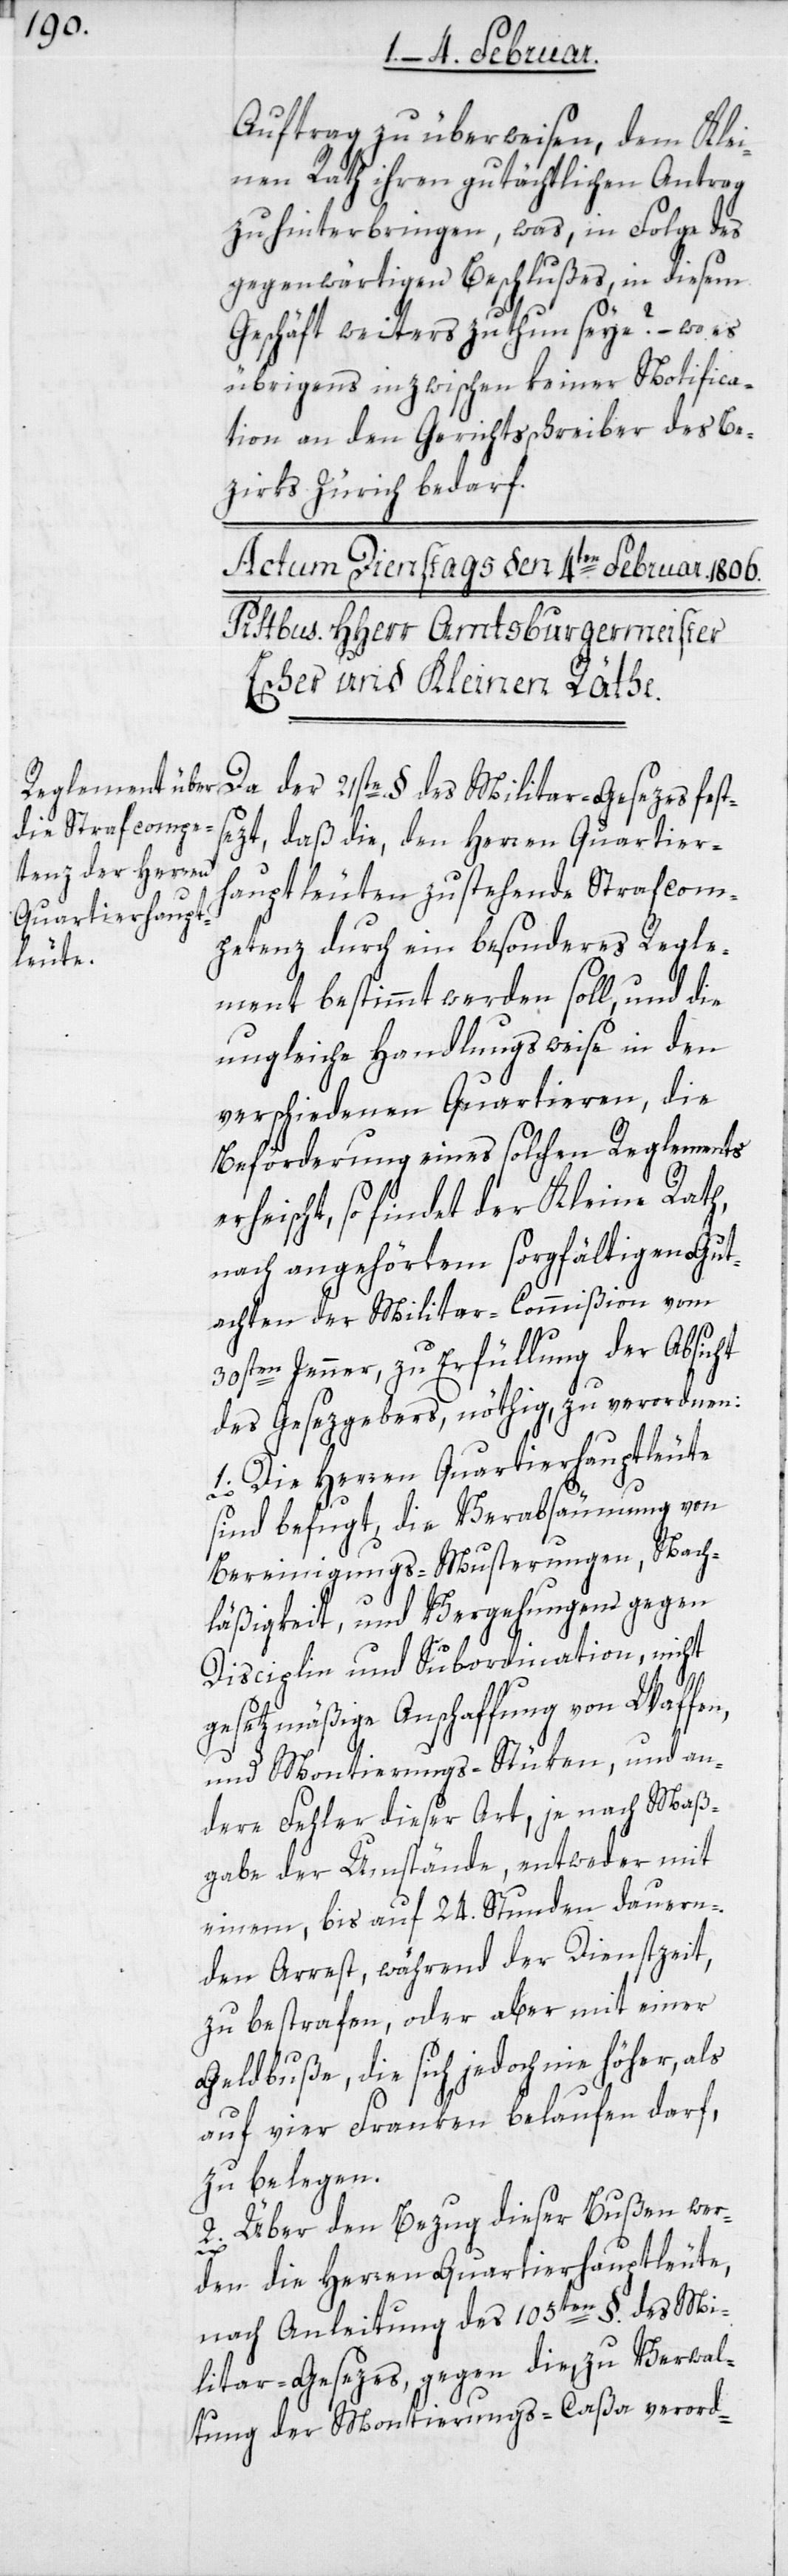
Auftrag zu überweisen, dem Klei¬
nen Rath ihren gutächtlichen Antrag
zu hinterbringen, was in Folge des
gegenwärtigen Beschlußes, in diesem
Geschäft weiters zu thun seye? – was
übrigens inzwischen keiner Notifica¬
tion an den Gerichtsschreiber des Be¬
zirks Zürich bedarf.
Da der 21ste § des Militar-Gesezes fest¬
sezt, daß die, den Herren Quartier¬
hauptleuten zustehende Strafcom¬
petenz durch ein besonderes Regle¬
ment bestimmt werden soll, und die
ungleiche Handlungsweise in den
verschiedenen Quartieren, die
Beförderung eines solchen Reglements
erheischt, so findet der Kleine Rath,
nach angehörtem sorgfältigen Gut¬
achten der Militar-Commißion vom
30sten Jenner, zu Erfüllung der Absicht
des Gesezgebers, nöthig, zu verordnen:
1. Die Herren Quartierhauptleute
Bereinigungs-Musterungen, Nach¬
läßigkeit, und Vergehungen gegen
Disciplin und Subordination, nicht
gesetzmäßige Anschaffung von Waffen,
und Montierungs-Stüken, und an¬
dere Fehler dieser Art, je nach Maß¬
gabe der Umstände, entweder mit
einem bis auf 24. Stunden dauern¬
den Arrest, während der Dienstzeit,
zu bestrafen, oder aber mit einer
Geldbuße, die sich jedoch nie höher, als
auf vier Franken belaufen darf,
zu belegen.
2. Über den Bezug dieser Bußen wer¬
den die Herren Quartierhauptleute,
nach Anleitung des 105ten §. des Mi¬
litar-Gesetzes, gegen die, zu Verwal¬
tung der Montierungs-Caßa verord-